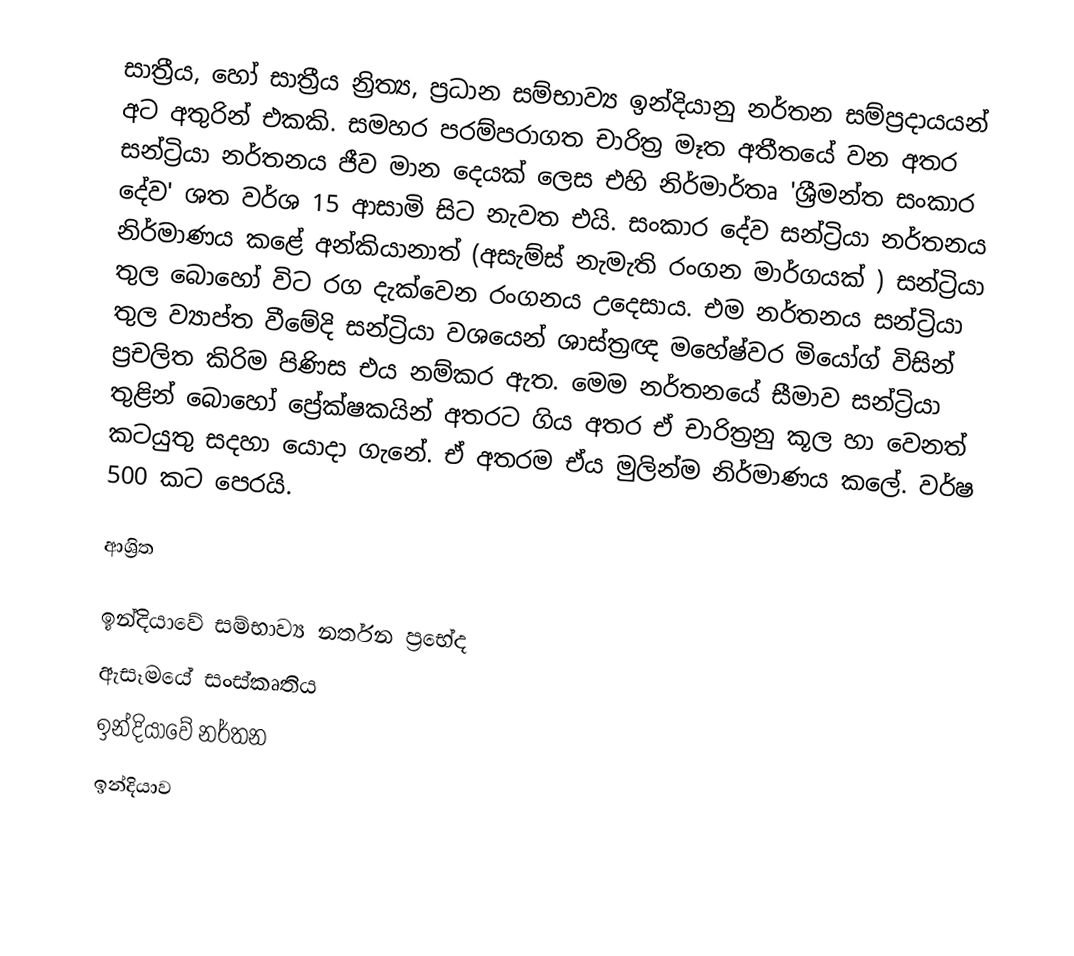
සාත්‍රීය, හෝ සාත්‍රීය න්‍රිත්‍ය, ප්‍රධාන  සම්භාව්‍ය ඉන්දියානු නර්තන සම්ප්‍රදායයන් අට අතුරින් එකකි. සමහර පරම්පරාගත චාරිත්‍ර මෑත අතීතයේ වන අතර සන්ට්‍රියා නර්තනය ජීව මාන දෙයක් ලෙස එහි නිර්මාර්තෘ 'ශ්‍රීමන්ත සංකාර දේව' ශත වර්ශ 15 ආසාමි සිට නැවත එයි. සංකාර දේව සන්ට්‍රියා නර්තනය නිර්මාණය කළේ අන්කියානාත් (අසැම්ස් නැමැති රංගන මාර්ගයක් ) සන්ට්‍රියා තුල බොහෝ විට රග දැක්වෙන රංගනය උදෙසාය. එම නර්තනය සන්ට්‍රියා තුල ව්‍යාප්ත වීමේදි සන්ට්‍රියා වශයෙන් ශාස්ත්‍රඥ මහේෂ්වර මියෝග් විසින් ප්‍රචලිත කිරිම පිණිස එය නම්කර ඇත. මෙම නර්තනයේ සීමාව සන්ට්‍රියා තුළින් බොහෝ ප්‍රේක්ෂකයින් අතරට ගිය අතර ඒ චාරිත්‍රනු කූල හා වෙනත් කටයුතු සදහා යොදා ගැනේ. ඒ අතරම ඒය මුලින්ම නිර්මාණය කලේ. වර්ෂ 500 කට පෙරයි.

ආශ්‍රිත

ඉන්දියාවේ සම්භාව්‍ය නර්තන ප්‍රභේද
ඇසෑමයේ සංස්කෘතිය
ඉන්දියාවේ නර්තන
ඉන්දියාව